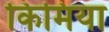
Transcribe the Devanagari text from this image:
किमिया